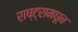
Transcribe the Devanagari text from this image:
राष्ट्रामधून